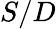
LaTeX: S/D